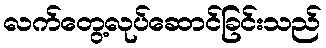
လက်တွေ့လုပ်ဆောင်ခြင်းသည်